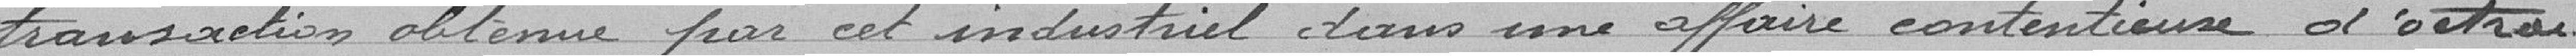
transaction obtenue par cet industriel dans une affaire contentieuse d'octroi